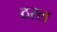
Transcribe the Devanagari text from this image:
ठरल